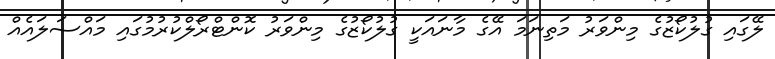
ލޭގައި ގުލުކޯޒުގެ މިންވަރު މަތިނަމަ އޭގެ މާނައަކީ ގުލުކޯޒުގެ މިންވަރު ކޮންޓްރޯލްކުރުމުގައި މައްސަލައެއް